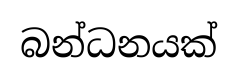
බන්ධනයක්